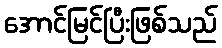
အောင်မြင်ပြီးဖြစ်သည်